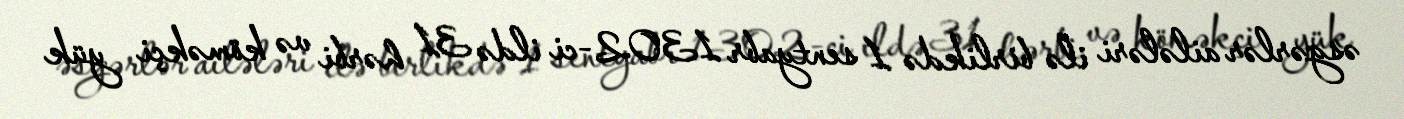
əsgərlər ailələri ilə birlikdə 1 sentyabr 1302-ci ildə 31 hərbi və köməkçi yük